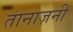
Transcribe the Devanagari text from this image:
तानाज़नी